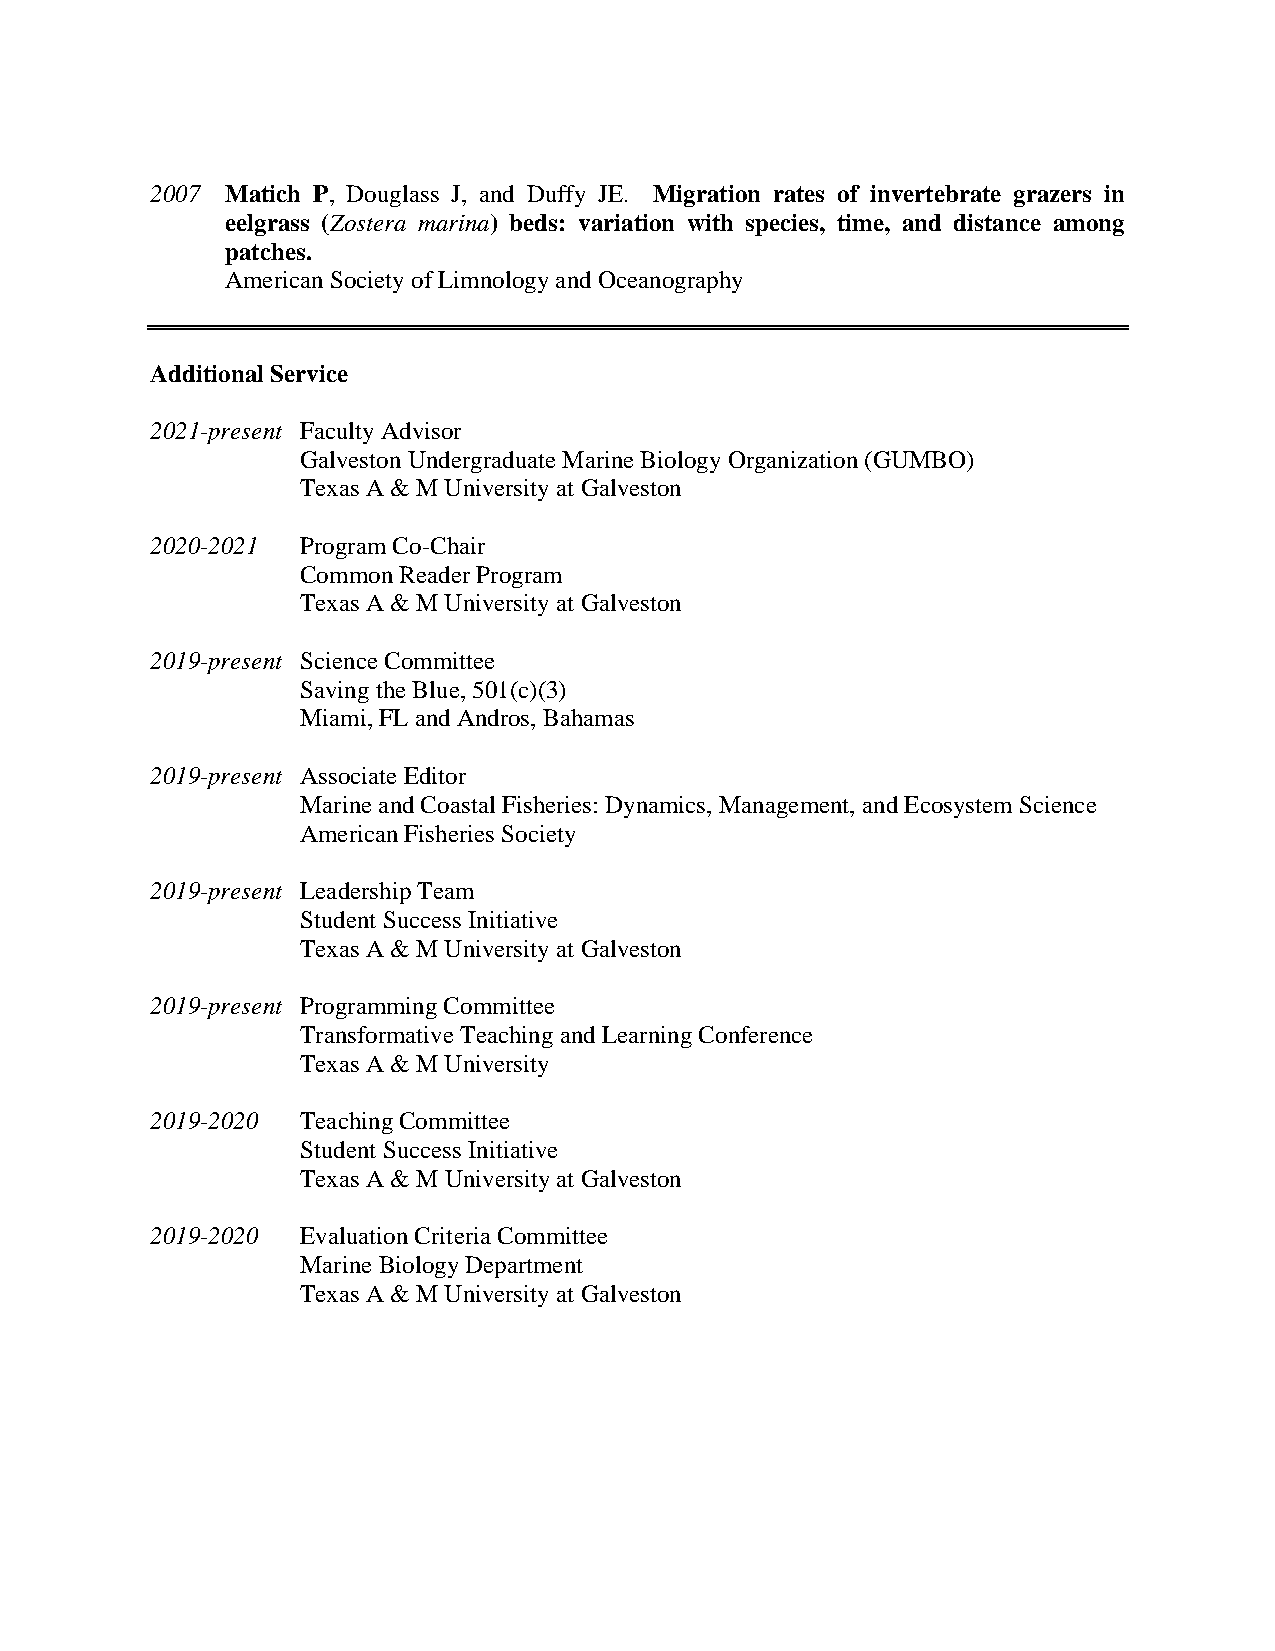
2007 Matich P, Douglass J, and Duffy JE. Migration rates of invertebrate grazers in
 eelgrass (Zostera marina) beds: variation with species, time, and distance among
 patches.
 American Society of Limnology and Oceanography
 Additional Service
 2021-present Faculty Advisor
 Galveston Undergraduate Marine Biology Organization (GUMBO)
 Texas A & M University at Galveston
 2020-2021 Program Co-Chair
 Common Reader Program
 Texas A & M University at Galveston
 2019-present Science Committee
 Saving the Blue, 501(c)(3)
 Miami, FL and Andros, Bahamas
 2019-present Associate Editor
 Marine and Coastal Fisheries: Dynamics, Management, and Ecosystem Science
 American Fisheries Society
 2019-present Leadership Team
 Student Success Initiative
 Texas A & M University at Galveston
 2019-present Programming Committee
 Transformative Teaching and Learning Conference
 Texas A & M University
 2019-2020 Teaching Committee
 Student Success Initiative
 Texas A & M University at Galveston
 2019-2020 Evaluation Criteria Committee
 Marine Biology Department
 Texas A & M University at Galveston